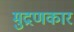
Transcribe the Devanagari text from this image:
मुद्रणकार